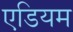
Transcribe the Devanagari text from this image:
एडियम